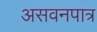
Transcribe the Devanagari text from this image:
असवनपात्र